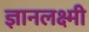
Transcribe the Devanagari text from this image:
ज्ञानलक्ष्मी